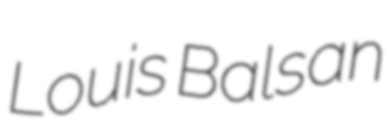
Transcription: Louis Balsan